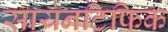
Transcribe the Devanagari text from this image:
सायंनटिफिक